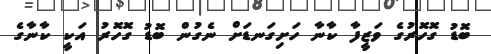
ބޮޑު ގޮހޮރުގެ ވަޒީފާ ކާނާ ހަށިގަނޑަށް ނެގުން ބޮޑު ގޮހޮރު އަކީ ކާނާގެ